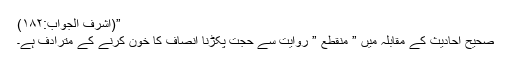
”(اشرف الجواب:۱۸۲)
صحیح احادیث کے مقابلہ میں ” منقطع ” روایت سے حجت پکڑنا انصاف کا خون کرنے کے مترادف ہے۔